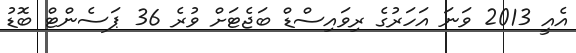
އެއީ 2013 ވަނަ އަހަރުގެ ރިވައިސްޑް ބަޖެޓަށް ވުރެ 36 ޕަސެންޓް ބޮޑު